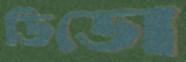
ডিডো